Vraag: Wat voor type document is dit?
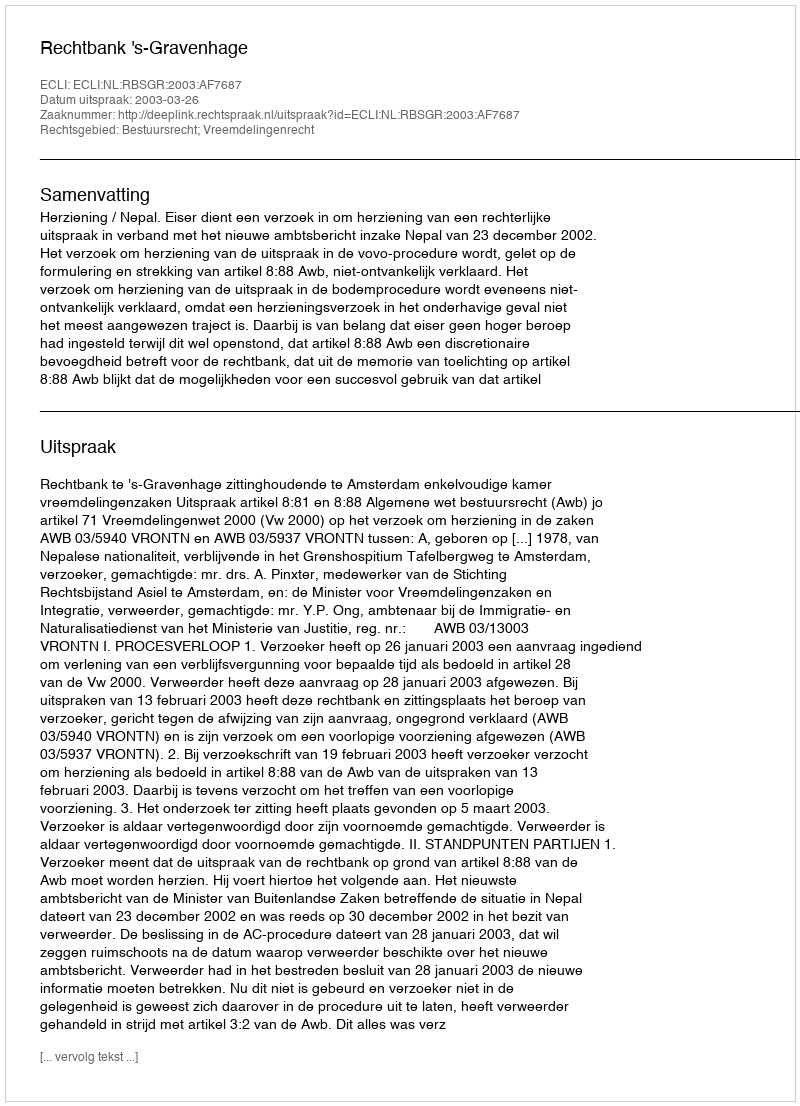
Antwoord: Uitspraak